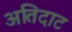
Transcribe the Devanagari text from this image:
अतिदाट